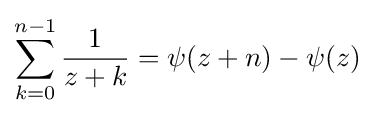
\sum _{k=0}^{n-1}{\frac {1}{z+k}}=\psi (z+n)-\psi (z)